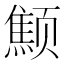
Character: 𱂻